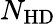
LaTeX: N_{\mathrm{HD}}